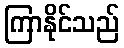
ကြာနိုင်သည်